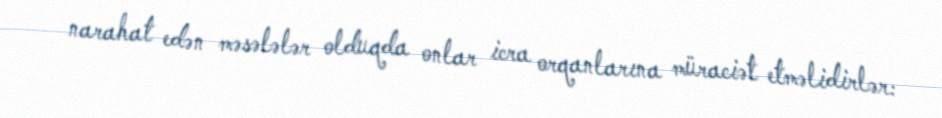
narahat edən məsələlər olduqda onlar icra orqanlarına müraciət etməlidirlər: